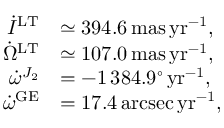
\begin{array} { r l } { \dot { I } ^ { \mathrm { L T } } } & { \simeq 3 9 4 . 6 \, \mathrm { m a s \, y r } ^ { - 1 } , } \\ { \dot { \Omega } ^ { \mathrm { L T } } } & { \simeq 1 0 7 . 0 \, \mathrm { m a s \, y r } ^ { - 1 } , } \\ { \dot { \omega } ^ { J _ { 2 } } } & { = - 1 \, 3 8 4 . 9 ^ { \circ } \, \mathrm { y r } ^ { - 1 } , } \\ { \dot { \omega } ^ { \mathrm { G E } } } & { = 1 7 . 4 \, \mathrm { a r c s e c \, y r } ^ { - 1 } , } \end{array}